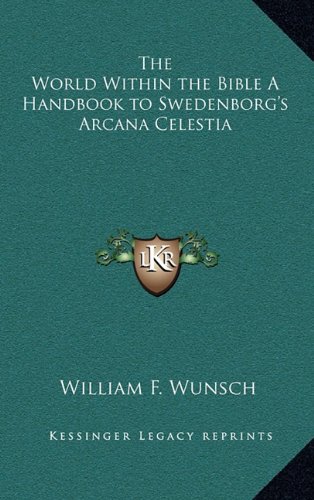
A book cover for The World Within the Bible A Handbook to Swedenborg's Arcana Celestia; William F. Wunsch; Religion & Spirituality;